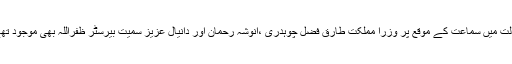
عدالت میں سماعت کے موقع پر وزرا مملکت طارق فضل چوہدری ،انوشہ رحمان اور دانیال عزیز سمیت بیرسٹر ظفراللہ بھی موجود تھے۔